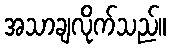
အသာချလိုက်သည်။